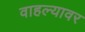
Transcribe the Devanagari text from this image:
वाहल्यावर